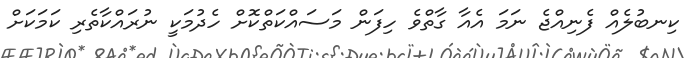
ކިނބުލެއް ފެނިއްޖެ ނަމަ އެއާ ގާތްވެ ހިފަން މަސައްކަތްކޮށް ހެދުމަކީ ނުރައްކާތެރި ކަމަކަށް